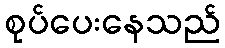
စုပ်ပေးနေသည်